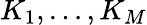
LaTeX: K_{1},\dots,K_{M}